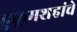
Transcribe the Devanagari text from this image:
हुकूमशहांचे